Leaving Certificate Examination, 1912
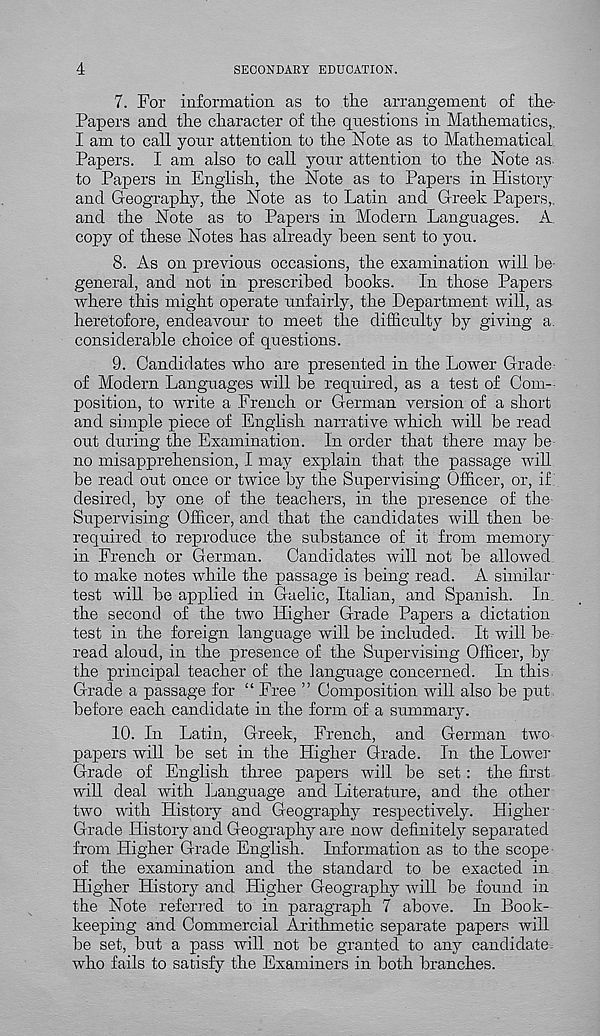
4
SECONDARY EDUCATION.
7. For information as to the arrangement of the-
Papers and the character of the questions in Mathematics,.
I am to call your attention to the Note as to Mathematical
Papers. I am also to call your attention to the Note as
to Papers in English, the Note as to Papers in History
and Geography, the Note as to Latin and Greek Papers,,
and the Note as to Papers in Modern Languages. A.
copy of these Notes has already been sent to you.
8. As on previous occasions, the examination will be-
general, and not in prescribed books. In those Papers
where this might operate unfairly, the Department will, as
heretofore, endeavour to meet the difficulty by giving a
considerable choice of questions.
9. Candidates who are presented in the Lower Grade
of Modern Languages will be required, as a test of Com--
position, to write a French or German version of a short
and simple piece of English narrative which will be read
out during the Examination. In order that there may be
no misapprehension, I may explain that the passage will
be read out once or twice by the Supervising Officer, or, if.
desired, by one of the teachers, in the presence of the-
Supervising Officer, and that the candidates will then be-
required to reproduce the substance of it from memory-
in French or German. Candidates will not be allowed,
to make notes while the passage is being read. A similar-
test will be applied in Gaelic, Italian, and Spanish. In
the second of the two Higher Grade Papers a dictation
test in the foreign language will be included. It will be
read aloud, in the presence of the Supervising Officer, by
the principal teacher of the language concerned. In this.
Grade a passage for “ Free ” Composition will also be put-
before each candidate in the form of a summary.
10. In Latin, Greek, French, and German two-
papers will be set in the Higher Grade. In the Lower
Grade of English three papers will be set : the first
will deal with Language and Literature, and the other
two with History and Geography respectively. Higher
Grade History and Geography are now definitely separated
from Higher Grade English. Information as to the scope-
of the examination and the standard to be exacted in
Higher History and Higher Geography will be found in
the Note referred to in paragraph 7 above. In Book-
keeping and Commercial Arithmetic separate papers will
be set, but a pass will not be granted to any candidate.
who fails to satisfy the Examiners in both branches.